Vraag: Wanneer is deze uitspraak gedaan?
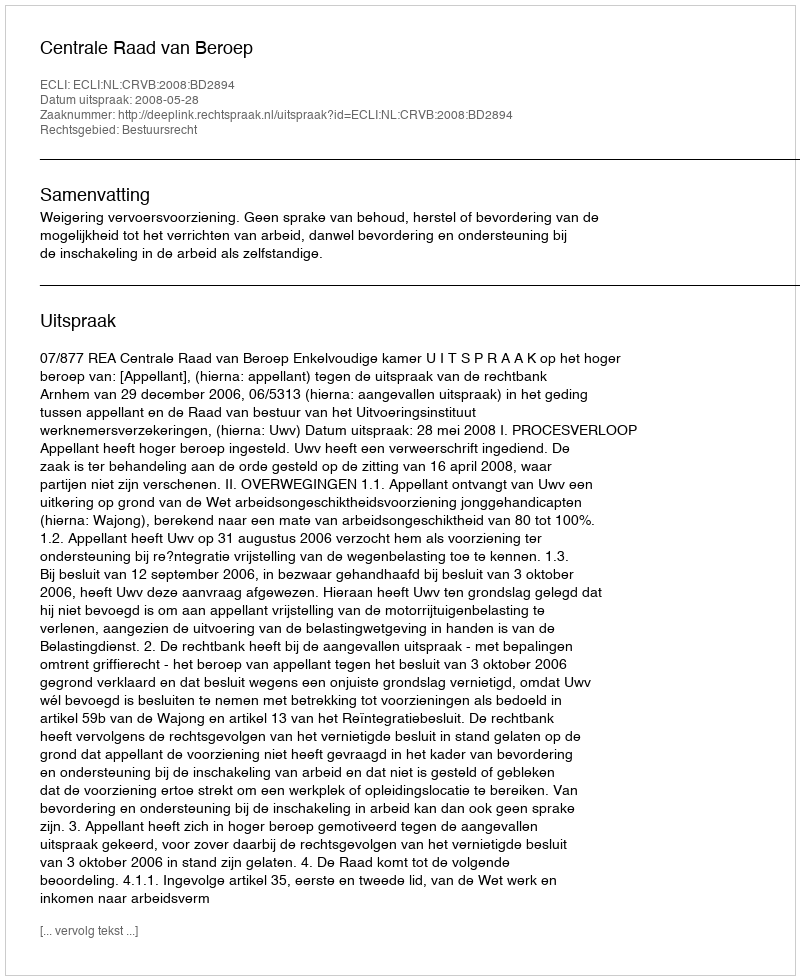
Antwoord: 2008-05-28